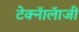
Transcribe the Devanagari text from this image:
टेक्नॅालॅाजी